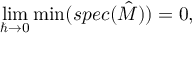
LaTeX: \operatorname* { l i m } _ { \hbar \to 0 } \operatorname* { m i n } ( s p e c ( { \hat { M } } ) ) = 0 ,